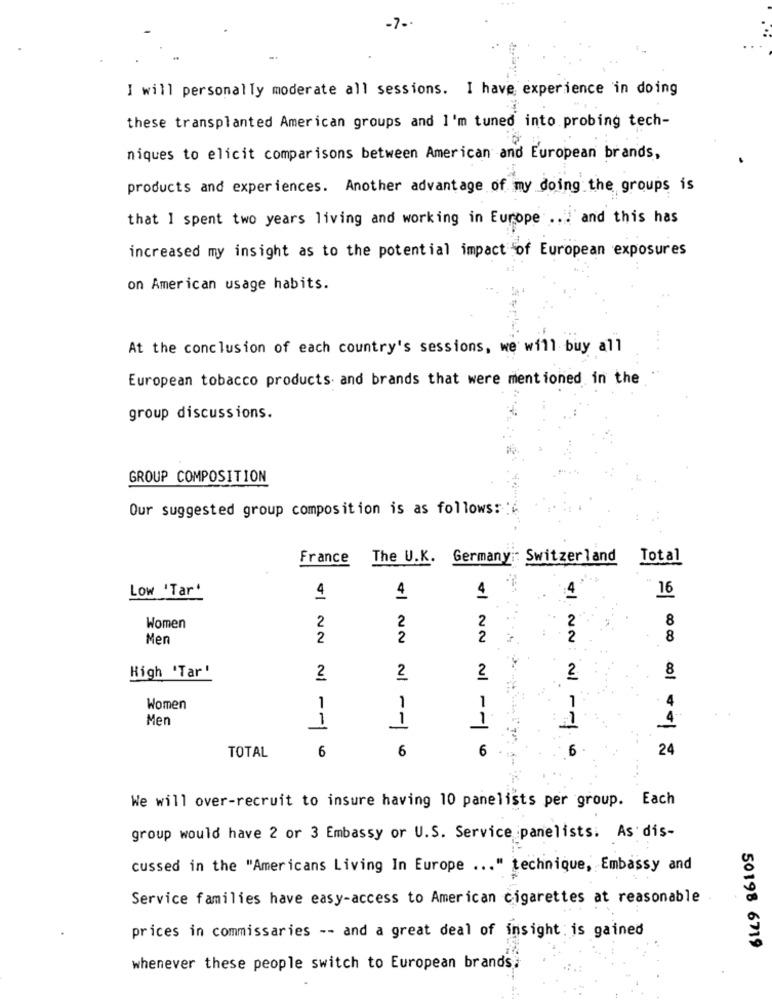
-7 --
I will personally moderate all sessions. I have experience in doing
these transplanted American groups and I'm tuned into probing tech-
niques to elicit comparisons between American and European brands,
products and experiences. Another advantage of my doing the groups is
that I spent two years living and working in Europe .. . and this has
increased my insight as to the potential impact of European exposures
on American usage habits.
At the conclusion of each country's sessions, we will buy all
European tobacco products and brands that were mentioned in the
group discussions.
GROUP COMPOSITION
Our suggested group composition is as follows:
France
The U.K. Germany :: Switzerland
Total
Low 'Tar'
4
16
2
2
2
8
Women
2
Men
2
2
2
2
8
+INN:
High 'Tar'
2
2
2
2
1
1
4
Women
1
1
Men
1
1
1
4
TOTAL
6
6
6
24
We will over-recruit to insure having 10 panelists per group. Each
group would have 2 or 3 Embassy or U.S. Service panelists: As dis-
cussed in the "Americans Living In Europe ... " technique, Embassy and
Service families have easy-access to American cigarettes at reasonable
prices in commissaries -- and a great deal of insight is gained
50198 6719
whenever these people switch to European brands?